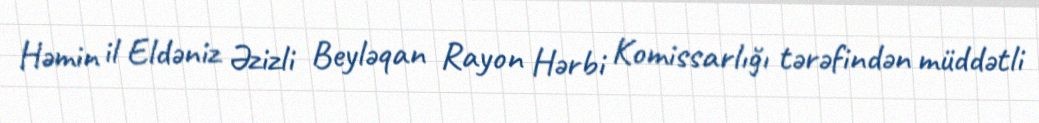
Həmin il Eldəniz Əzizli Beyləqan Rayon Hərbi Komissarlığı tərəfindən müddətli